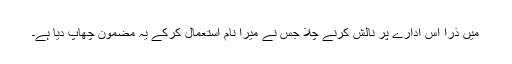
میں ذرا اس ادارے پر نالش کرنے چلا جس نے میرا نام استعمال کرکے یہ مضمون چھاپ دیا ہے۔